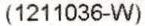
(1211036-W)